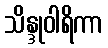
သိန္ဒုဝါရိကာ